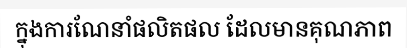
ក្នុងការណែនាំផលិតផល ដែលមានគុណភាព